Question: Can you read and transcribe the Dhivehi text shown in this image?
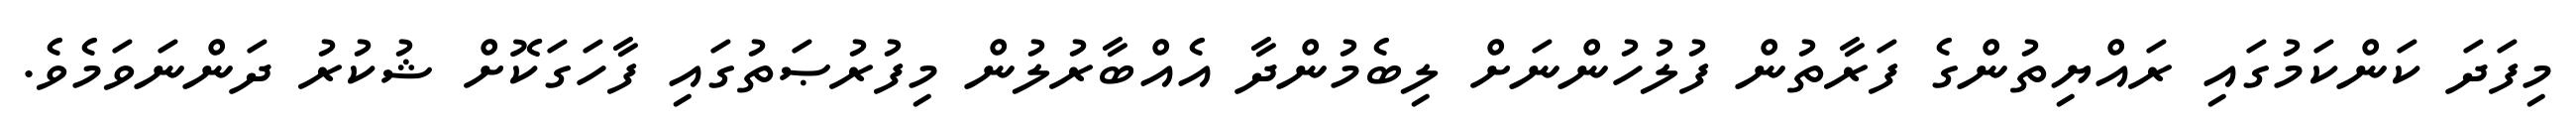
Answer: މިފަދަ ކަންކަމުގައި ރައްޔިތުންގެ ފަރާތުން ފުލުހުންނަށް ލިބެމުންދާ އެއްބާރުލުން މިފުރުޞަތުގައި ފާހަގަކޮށް ޝުކުރު ދަންނަވަމެވެ.